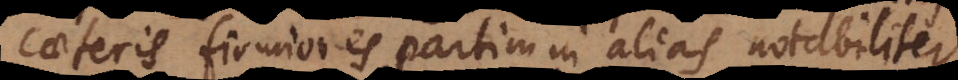
caeteris firmiores, partim in alias notabiliter